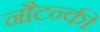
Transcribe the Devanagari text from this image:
नौटन्की